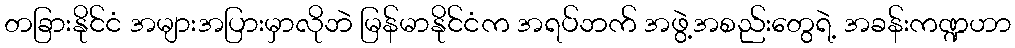
တခြားနိုင်ငံ အများအပြားမှာလိုဘဲ မြန်မာနိုင်ငံက အရပ်ဘက် အဖွဲ့အစည်းတွေရဲ့ အခန်းကဏ္ဍဟာ